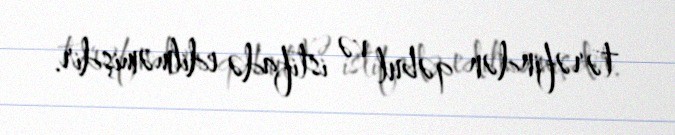
tərəfindən qəbul və istifadə edilməmişdir.